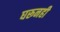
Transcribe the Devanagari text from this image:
घरूनही